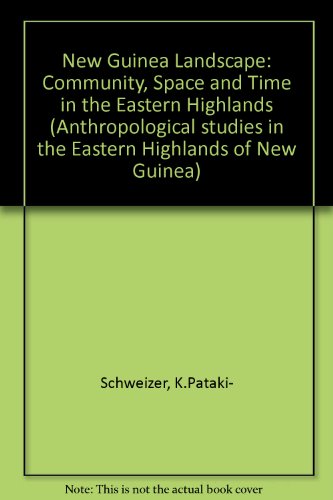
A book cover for New Guinea Landscape: Community, Space and Time in the Eastern Highlands (Anthropological studies in the eastern highlands of New Guinea); K.Pataki- Schweizer; Travel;